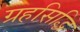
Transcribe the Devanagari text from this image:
ग्रहसिद्धि